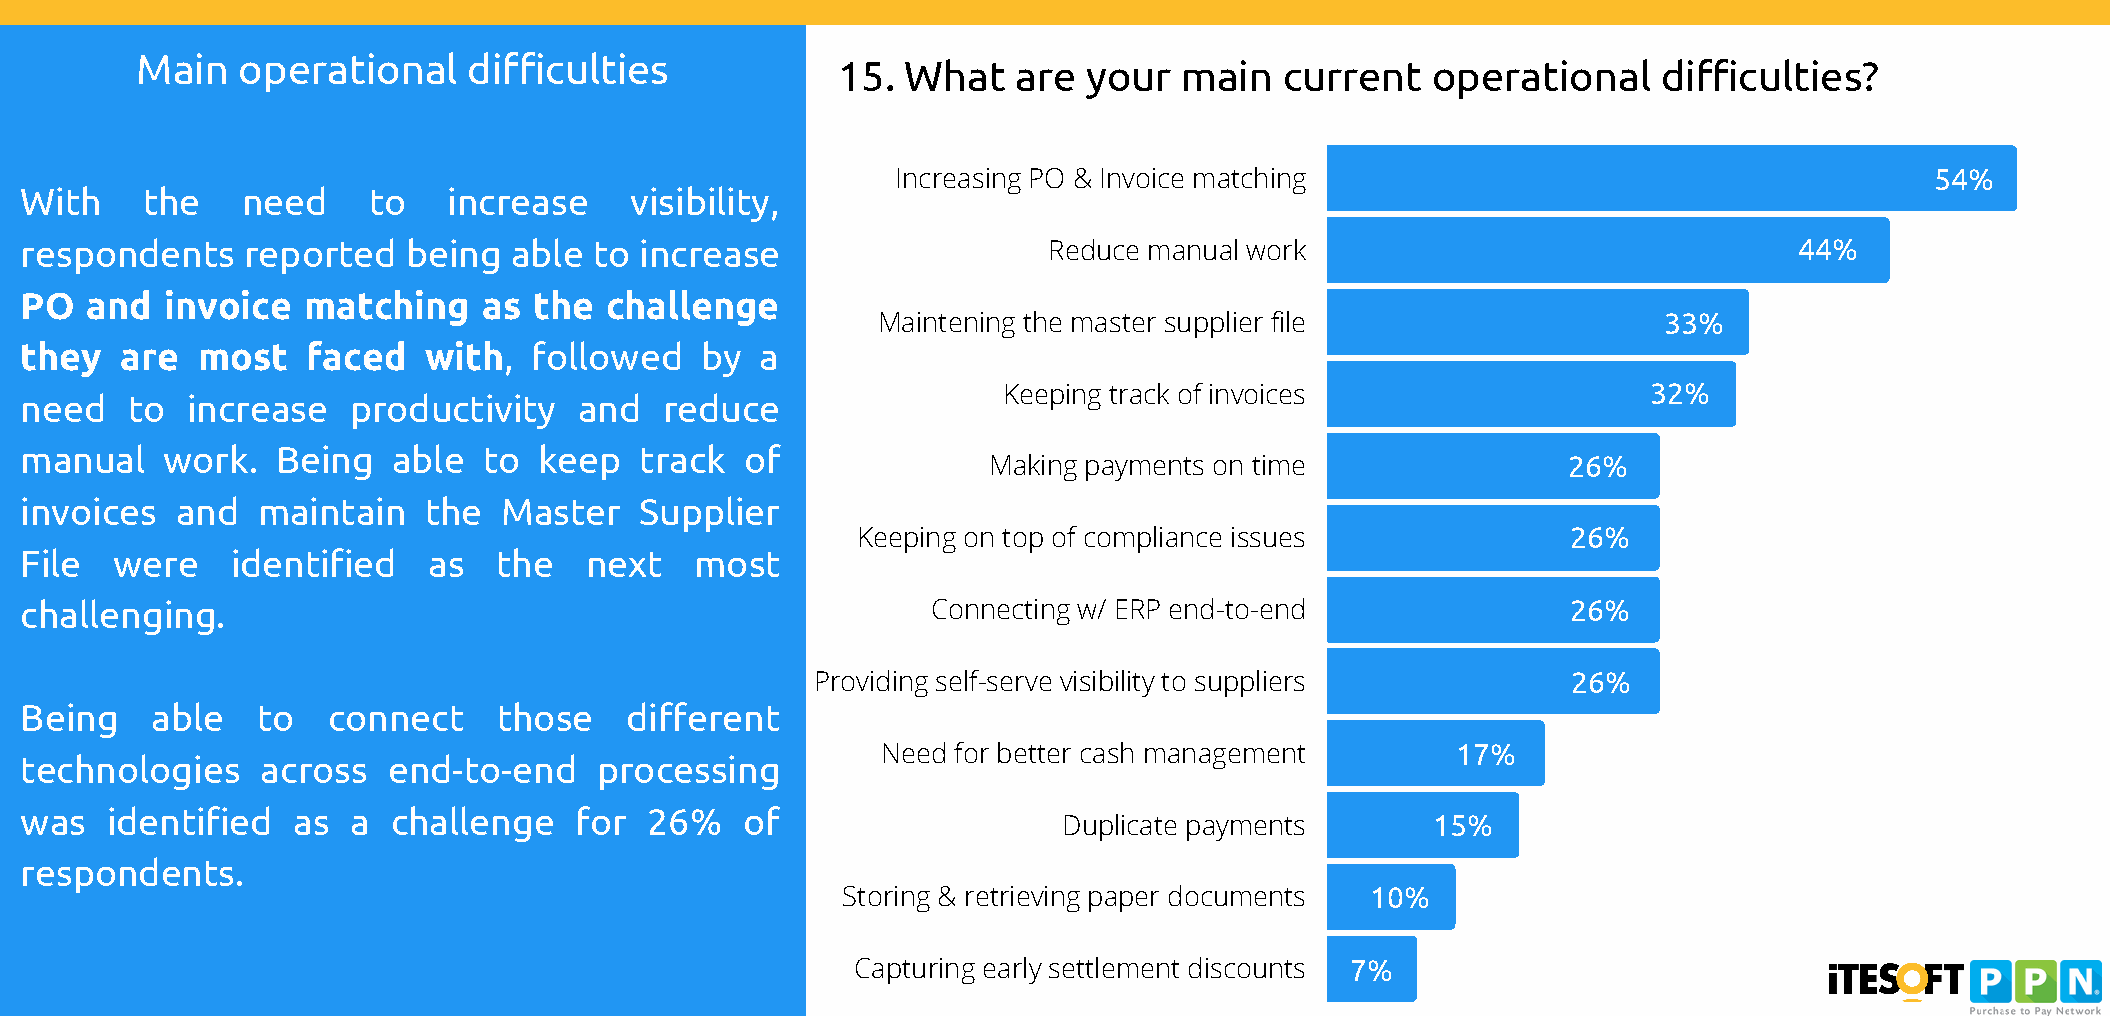
Main   operational    difficulties
 15.  What   are  your  main   current   operational    difficulties?
 Increasing PO & Invoice matching                                     54%
 With    the    need    to    increase    visibility,
 respondents    reported   being  able to increase                   Reduce manual work                                44%
 PO   and  invoice  matching    as the  challenge
 Maintening the master supplier file                 33%
 they   are  most   faced   with,  followed   by  a
 Keeping track of invoices                  32%
 need   to  increase   productivity   and   reduce
 manual    work.  Being   able  to  keep  track  of
 Making payments on time                26%
 invoices   and  maintain   the  Master   Supplier
 Keeping on top of compliance issues            26%
 File  were    identified   as   the   next   most
 challenging.                                                 Connecting w/ ERP end-to-end              26%
 Providing self-serve visibility to suppliers      26%
 Being    able   to   connect    those   different
 Need for better cash management       17%
 technologies    across   end-to-end    processing
 was   identified  as  a  challenge   for  26%   of
 Duplicate payments       15%
 respondents.
 Storing & retrieving paper documents 10%
 Capturing early settlement discounts 7%